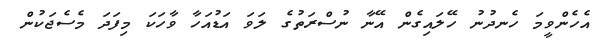
އެހެންވީމަ ހެނދުނު ހޭލައިގެން އޭނާ ނުސްރަތުގެ ލަވަ އަޑުއަހާ ވާހަކަ މިފަދަ މެސެޖަކުން